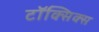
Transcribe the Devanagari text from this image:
टॉक्सिक्स